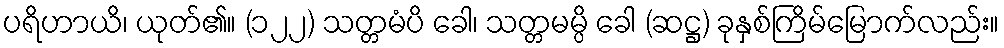
ပရိဟာယိ၊ ယုတ်၏။ (၁၂၂) သတ္တမံပိ ခေါ၊ သတ္တမမ္ပိ ခေါ (ဆဋ္ဌ) ခုနှစ်ကြိမ်မြောက်လည်း။